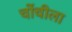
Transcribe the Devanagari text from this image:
चोंचीला